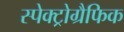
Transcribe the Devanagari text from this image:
स्पेक्ट्रोग्रैफिक